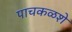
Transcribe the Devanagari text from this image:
पाचकळशे